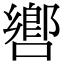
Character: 㗽